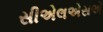
સીએલએસએ